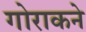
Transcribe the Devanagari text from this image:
गोराकने